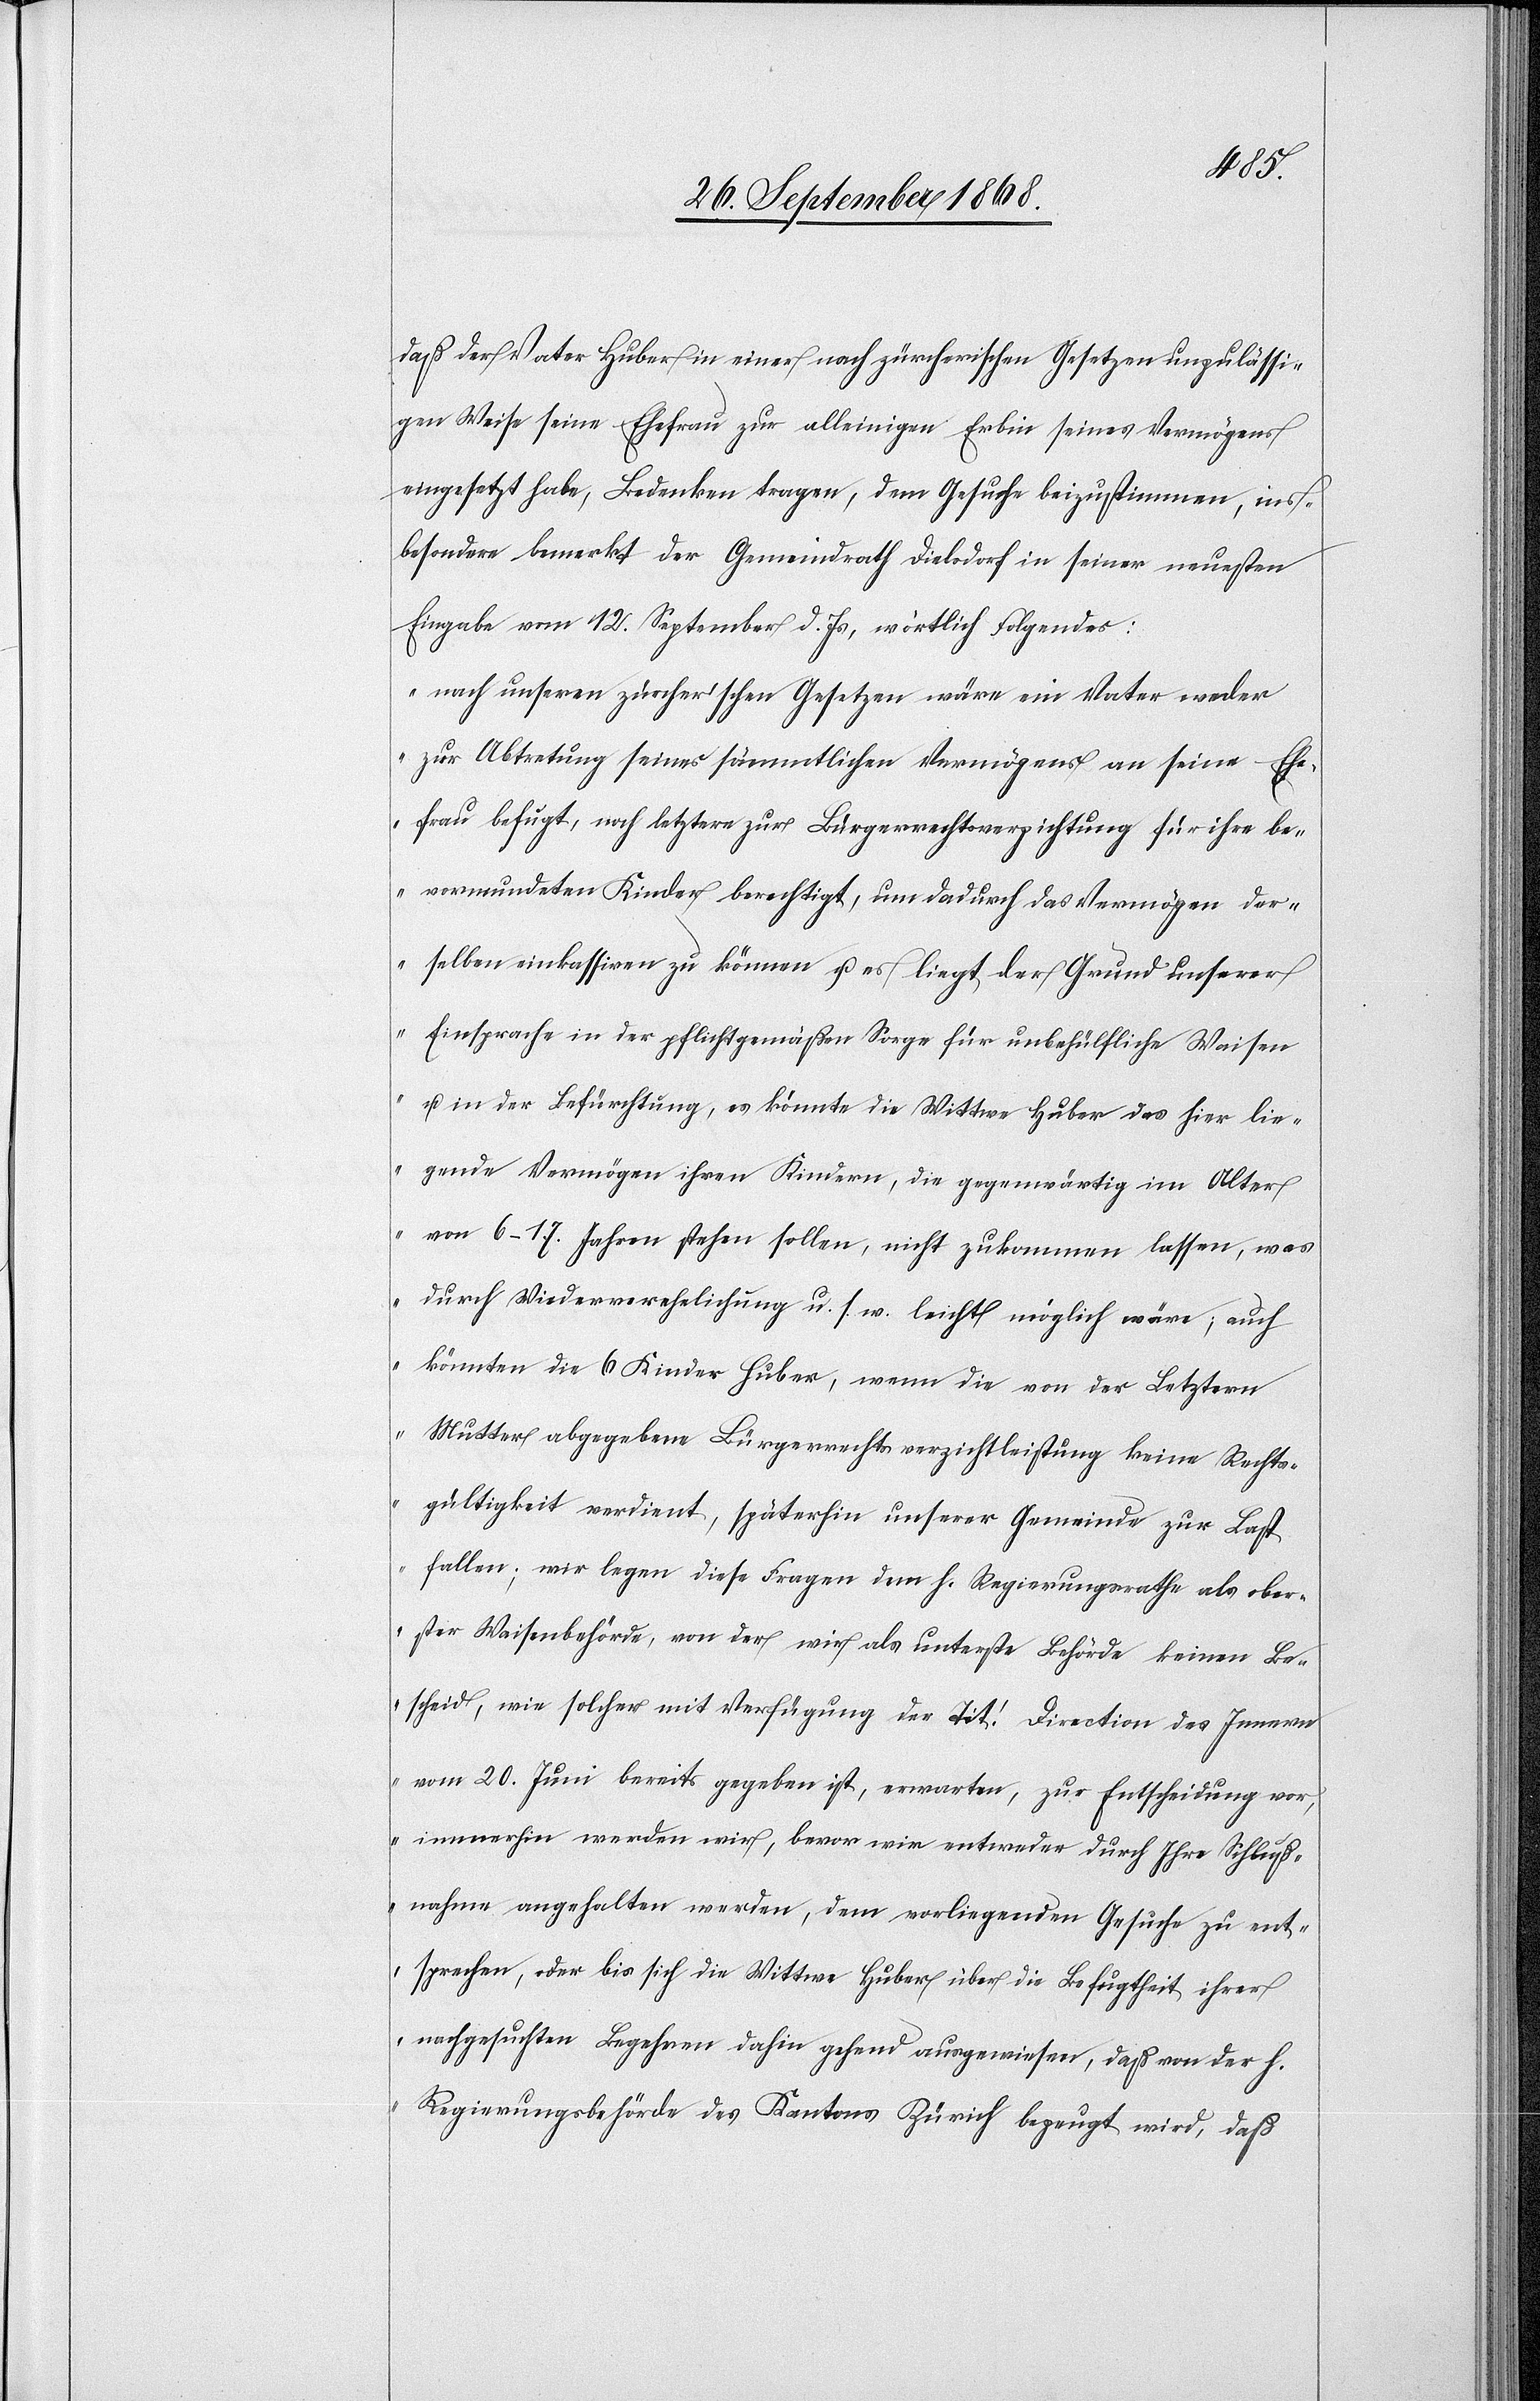
daß der Vater Huber in einer nach zürcherischen Gesetzen unzulässi¬
gen Weise seine Ehefrau zur alleinigen Erbin seines Vermögens
eingesetzt habe, Bedenken tragen, dem Gesuche beizustimmen, ins¬
besondere bemerkt der Gemeindrath Dielsdorf in seiner neuesten
Eingabe vom 12. September d. Js, wörtlich Folgendes:
„nach unseren zürcher’schen Gesetzen wäre ein Vater weder
zur Abtretung seines sämmtlichen Vermögens an seine Ehe¬
frau befugt, noch letztere zur Bürgerrechtsverzichtung für ihre be¬
vormundeten Kinder berechtigt, um dadurch das Vermögen der¬
selben einkassiren zu können u. es liegt der Grund unserer
Einsprache in der pflichtgemäßen Sorge für unbehülfliche Waisen
u. in der Befürchtung, es könnte die Wittwe Huber das hier lie¬
gende Vermögen ihren Kindern, die gegenwärtig im Alter
von 6–17. Jahren stehen sollen, nicht zukommen lassen, was
durch Wiederverehelichung u. s. w. leicht möglich wäre; auch
könnten die 6 Kinder Huber, wenn die von der Letztern
Mutter abgegebene Bürgerrechtsverzichtleistung keine Rechts¬
gültigkeit verdient, späterhin unserer Gemeinde zur Last
fallen; wir legen diese Fragen dem h. Regierungsrathe als ober¬
ster Waisenbehörde, von der wir als unterste Behörde keinen Be¬
scheid, wie solcher mit Verfügung der Tit! Direction des Innern
vom 20. Juni bereits gegeben ist, erwarten, zur Entscheidung vor,
immerhin werden wir, bevor wir entweder durch Ihre Schluß¬
nahme angehalten werden, dem vorliegenden Gesuche zu ent¬
sprechen, oder bis sich die Wittwe Huber über die Befugtheit ihrer
nachgesuchten Begehren dahin gehend ausgewiesen, daß von der h.
Regierungsbehörde des Kantons Zürich bezeugt wird, daß